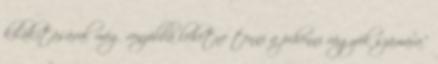
kilakításával még vonzóbbá lehetne tenni a pihenni vágyók számára.”